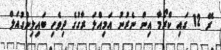
ރޭ 12 ގައި ކްރޯމާ އިން ނެރުނު އަމިއްލަ ރާގުގެ ދިވެހި ބައިލިންގުއަލް